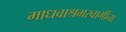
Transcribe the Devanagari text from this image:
माधवाश्रमस्वामींना